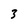
Character: 3